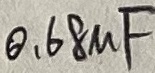
Text: 0,68µ